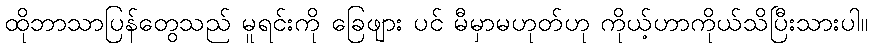
ထိုဘာသာပြန်တွေသည် မူရင်းကို ခြေဖျား ပင် မီမှာမဟုတ်ဟု ကိုယ့်ဟာကိုယ်သိပြီးသားပါ။